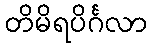
တိမိရပိင်္ဂလာ